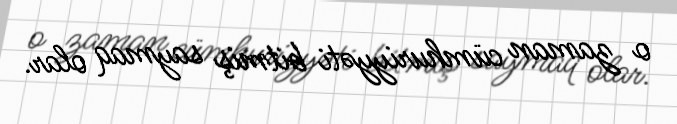
o zaman cümhuriyyəti bitmiş saymaq olar.